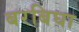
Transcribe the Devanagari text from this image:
बरबिघा